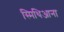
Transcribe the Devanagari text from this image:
स्मिथिआना